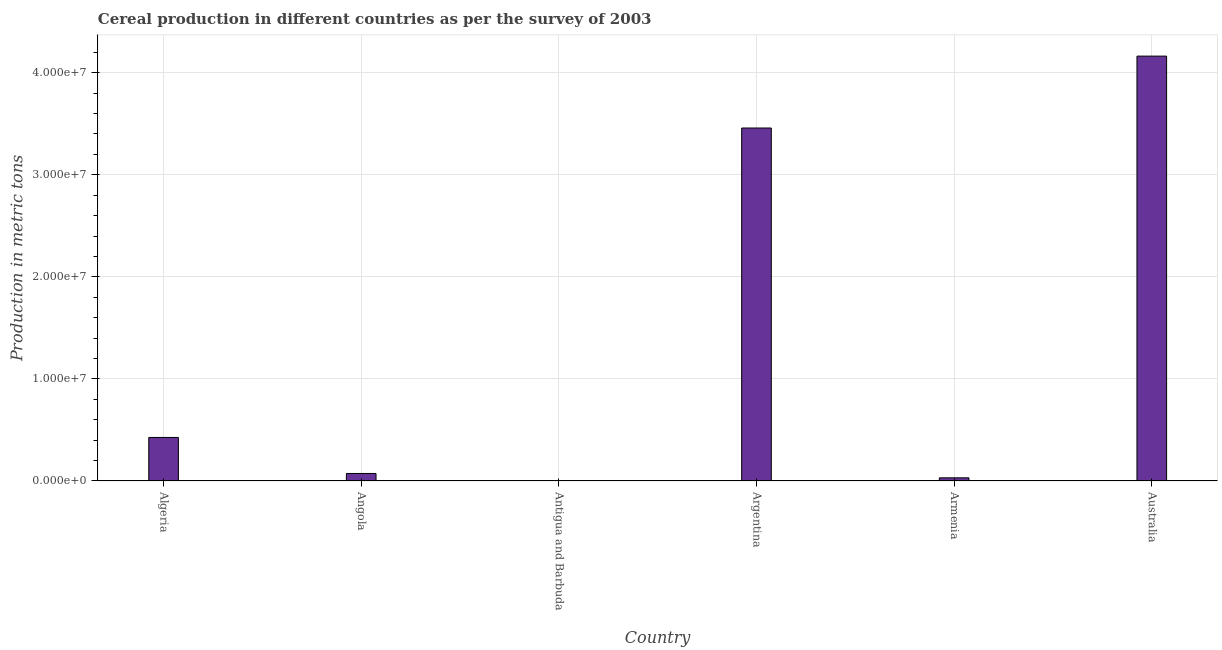
| Country | Cereal production |
 | --- | --- |
 | Algeria | 4.27e+06 |
 | Angola | 7.37e+05 |
 | Antigua and Barbuda | 55 |
 | Argentina | 3.46e+07 |
 | Armenia | 3.1e+05 |
 | Australia | 4.16e+07 |